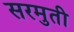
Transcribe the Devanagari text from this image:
सरमुती